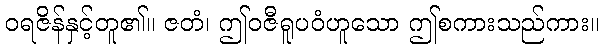
ဝရဇိန်နှင့်တူ၏။ ဇတံ၊ ဤဝဇီရူပဝံဟူသော ဤစကားသည်ကား။